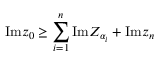
\mathrm { I m } z _ { 0 } \geq \sum _ { i = 1 } ^ { n } \mathrm { I m } Z _ { \alpha _ { i } } + \mathrm { I m } z _ { n }